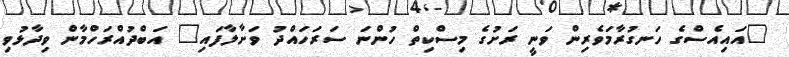
"އައިއެސްގެ ހަނގުރާމަވެރިން ވަނީ ރަށުގެ މިސްކިތް ހުންނަ ސަރަހައްދު ވަށާލާފައި" އަބްދުއްރަހްމާން ވިދާޅުވި